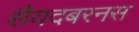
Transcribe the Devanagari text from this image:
सैयदबरनस